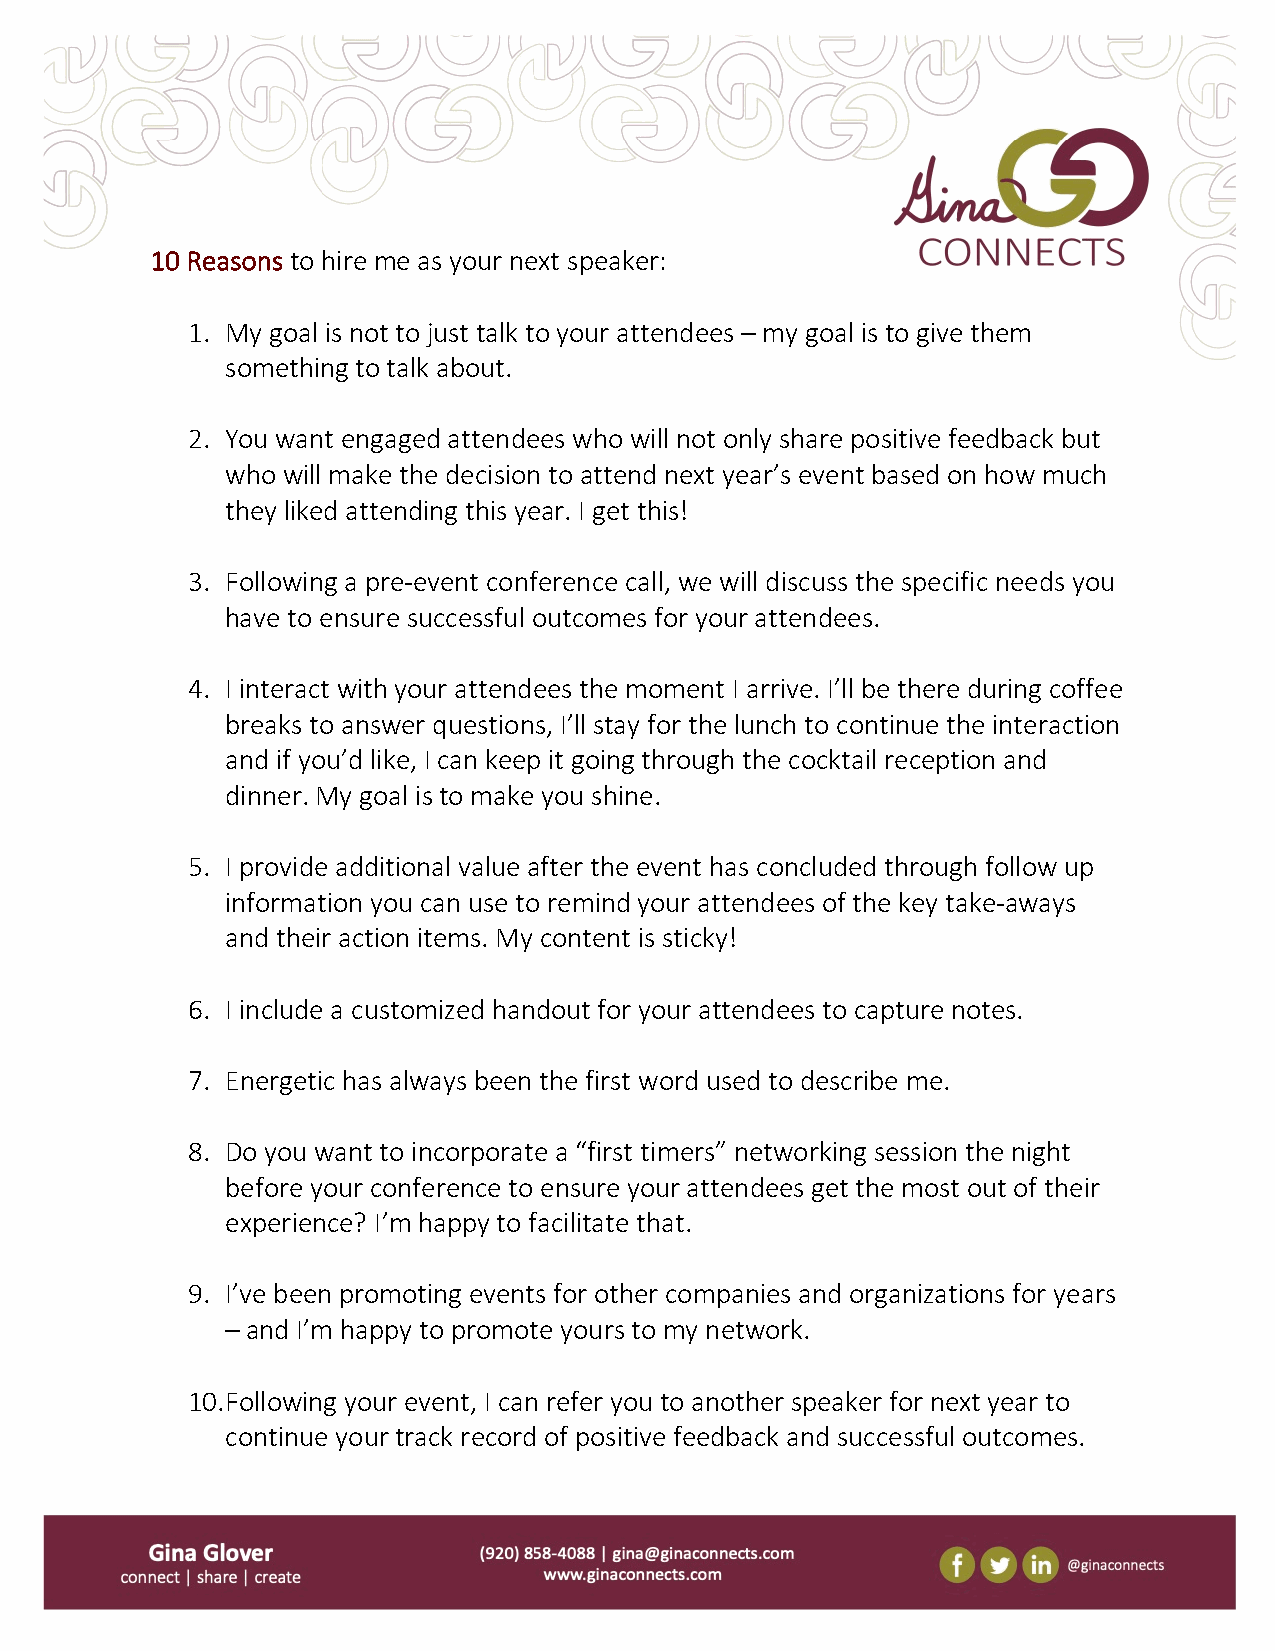
10 Reasons to hire me as your next speaker:
 1. My goal is not to just talk to your attendees – my goal is to give them
 something to talk about.
 2. You want engaged attendees who will not only share positive feedback but
 who will make the decision to attend next year’s event based on how much
 they liked attending this year. I get this!
 3. Following a pre-event conference call, we will discuss the specific needs you
 have to ensure successful outcomes for your attendees.
 4. I interact with your attendees the moment I arrive. I’ll be there during coffee
 breaks to answer questions, I’ll stay for the lunch to continue the interaction
 and if you’d like, I can keep it going through the cocktail reception and
 dinner. My goal is to make you shine.
 5. I provide additional value after the event has concluded through follow up
 information you can use to remind your attendees of the key take-aways
 and their action items. My content is sticky!
 6. I include a customized handout for your attendees to capture notes.
 7. Energetic has always been the first word used to describe me.
 8. Do you want to incorporate a “first timers” networking session the night
 before your conference to ensure your attendees get the most out of their
 experience? I’m happy to facilitate that.
 9. I’ve been promoting events for other companies and organizations for years
 – and I’m happy to promote yours to my network.
 10. Following your event, I can refer you to another speaker for next year to
 continue your track record of positive feedback and successful outcomes.